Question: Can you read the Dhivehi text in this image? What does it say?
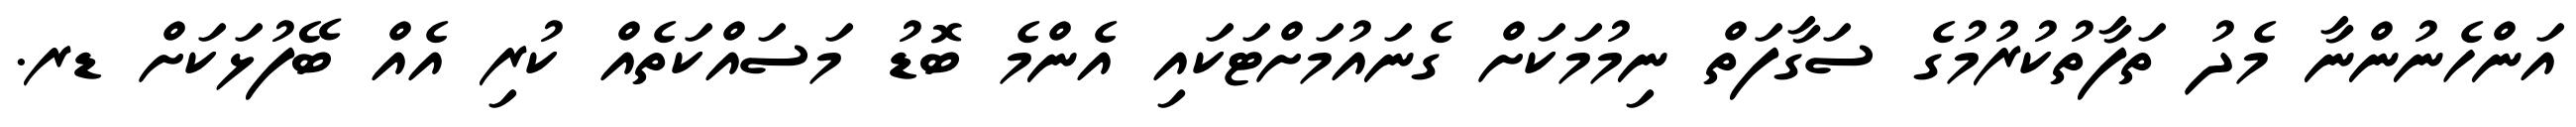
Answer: އަންހެނުންނާ މެދު ތަފާތުކުރުމުގެ ސަގާފަތް ނިމުމަކަށް ގެނައުމަށްޓަކައި އެންމެ ބޮޑު މަސައްކަތެއް ކުރި އެއް ބޭފުޅަކަށް ޑރ.